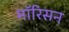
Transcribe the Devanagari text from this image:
मॉरिसन